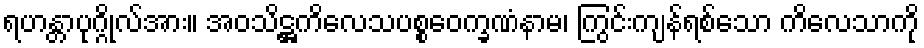
ရဟန္တာပုဂ္ဂိုလ်အား။ အဝသိဋ္ဌကိလေသပစ္စဝေက္ခဏံနာမ၊ ကြွင်းကျန်ရစ်သော ကိလေသာကို